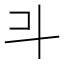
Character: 𣁬